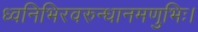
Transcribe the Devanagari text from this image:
ध्वनिभिरवरुन्धानमणुभिः।